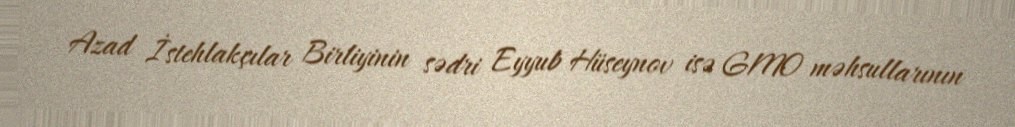
Azad İstehlakçılar Birliyinin sədri Eyyub Hüseynov isə GMO məhsullarının